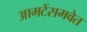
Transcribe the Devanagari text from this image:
आमटेंसमवेत